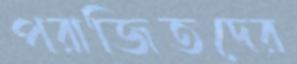
পরাজিতদের